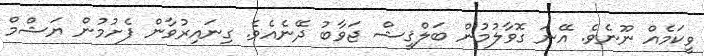
ވީކަމެއް ނޫނެވެ. އޭނަ ގޮވާލުމުން ބަލްޤީޝް ޖަވާބު ދޭނެއެވެ. ގިނައިރުވާން ފެށުމުން ޔަޝްމް